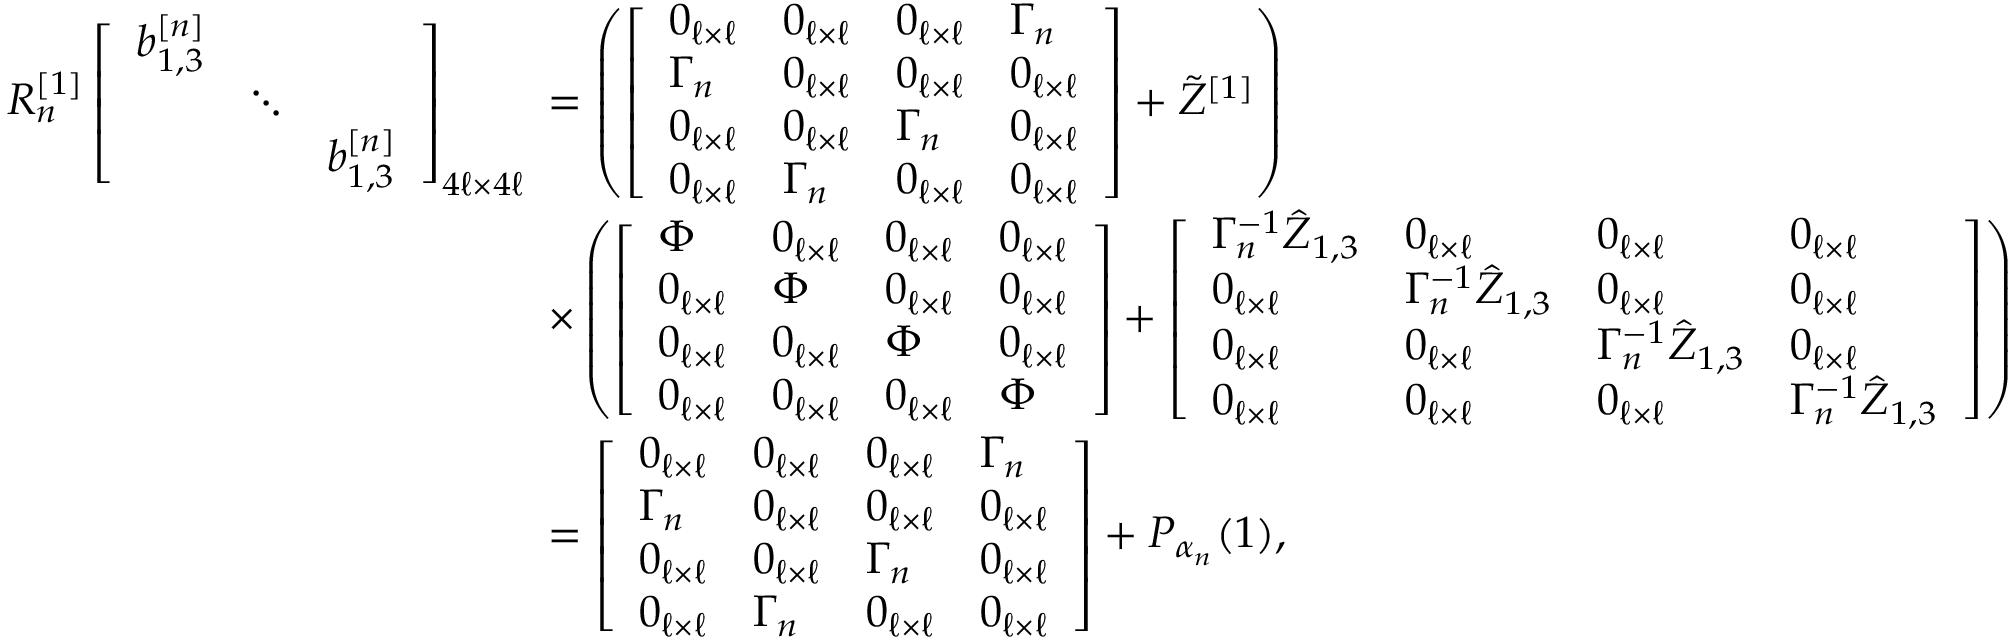
\begin{array} { r l } { R _ { n } ^ { [ 1 ] } \left[ \begin{array} { l l l } { b _ { 1 , 3 } ^ { [ n ] } } & & \\ & { \ddots } & \\ & & { b _ { 1 , 3 } ^ { [ n ] } } \end{array} \right] _ { 4 \ell \times 4 \ell } \! \! \! } & { = \left( \left[ \begin{array} { l l l l } { 0 _ { \ell \times \ell } } & { 0 _ { \ell \times \ell } } & { 0 _ { \ell \times \ell } } & { \Gamma _ { n } } \\ { \Gamma _ { n } } & { 0 _ { \ell \times \ell } } & { 0 _ { \ell \times \ell } } & { 0 _ { \ell \times \ell } } \\ { 0 _ { \ell \times \ell } } & { 0 _ { \ell \times \ell } } & { \Gamma _ { n } } & { 0 _ { \ell \times \ell } } \\ { 0 _ { \ell \times \ell } } & { \Gamma _ { n } } & { 0 _ { \ell \times \ell } } & { 0 _ { \ell \times \ell } } \end{array} \right] + \Tilde { Z } ^ { [ 1 ] } \right) } \\ & { \times \left( \left[ \begin{array} { l l l l } { \Phi } & { 0 _ { \ell \times \ell } } & { 0 _ { \ell \times \ell } } & { 0 _ { \ell \times \ell } } \\ { 0 _ { \ell \times \ell } } & { \Phi } & { 0 _ { \ell \times \ell } } & { 0 _ { \ell \times \ell } } \\ { 0 _ { \ell \times \ell } } & { 0 _ { \ell \times \ell } } & { \Phi } & { 0 _ { \ell \times \ell } } \\ { 0 _ { \ell \times \ell } } & { 0 _ { \ell \times \ell } } & { 0 _ { \ell \times \ell } } & { \Phi } \end{array} \right] + \left[ \begin{array} { l l l l } { \Gamma _ { n } ^ { - 1 } \hat { Z } _ { 1 , 3 } } & { 0 _ { \ell \times \ell } } & { 0 _ { \ell \times \ell } } & { 0 _ { \ell \times \ell } } \\ { 0 _ { \ell \times \ell } } & { \Gamma _ { n } ^ { - 1 } \hat { Z } _ { 1 , 3 } } & { 0 _ { \ell \times \ell } } & { 0 _ { \ell \times \ell } } \\ { 0 _ { \ell \times \ell } } & { 0 _ { \ell \times \ell } } & { \Gamma _ { n } ^ { - 1 } \hat { Z } _ { 1 , 3 } } & { 0 _ { \ell \times \ell } } \\ { 0 _ { \ell \times \ell } } & { 0 _ { \ell \times \ell } } & { 0 _ { \ell \times \ell } } & { \Gamma _ { n } ^ { - 1 } \hat { Z } _ { 1 , 3 } } \end{array} \right] \right) } \\ & { = \left[ \begin{array} { l l l l } { 0 _ { \ell \times \ell } } & { 0 _ { \ell \times \ell } } & { 0 _ { \ell \times \ell } } & { \Gamma _ { n } } \\ { \Gamma _ { n } } & { 0 _ { \ell \times \ell } } & { 0 _ { \ell \times \ell } } & { 0 _ { \ell \times \ell } } \\ { 0 _ { \ell \times \ell } } & { 0 _ { \ell \times \ell } } & { \Gamma _ { n } } & { 0 _ { \ell \times \ell } } \\ { 0 _ { \ell \times \ell } } & { \Gamma _ { n } } & { 0 _ { \ell \times \ell } } & { 0 _ { \ell \times \ell } } \end{array} \right] + P _ { \alpha _ { n } } ( 1 ) , } \end{array}